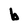
Character: b